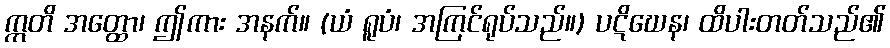
ဣတိ အတ္ထော၊ ဤကား အနက်။ (ယံ ရူပံ၊ အကြင်ရုပ်သည်။) ပဋိဃေန၊ ထိပါးတတ်သည်၏